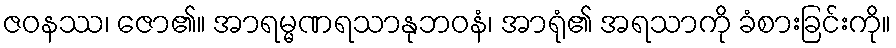
ဇဝနဿ၊ ဇော၏။ အာရမ္မဏရသာနုဘဝနံ၊ အာရုံ၏ အရသာကို ခံစားခြင်းကို။